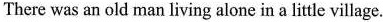
There was an old man living alone in a little village.